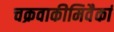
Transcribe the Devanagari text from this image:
चक्रवाकीमिवैकां